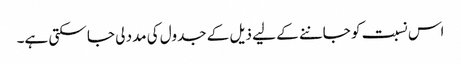
اس نسبت کو جاننے کے لیے ذیل کے جدول کی مدد لی جا سکتی ہے۔